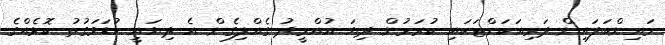
މައިންބަފައިން ދަރިއަކަށްޓަކައި ކުރަމުން ދިޔަ އުއްމީދު ގެއްލިގެން އެ ދިޔައީ ކުޑަވަގުތު ކޮޅެއްގެ